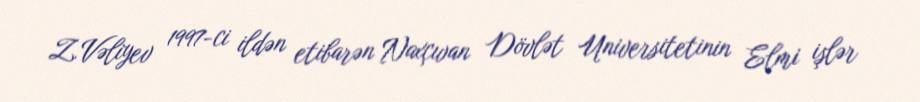
Z.Vəliyev 1997-ci ildən etibarən Naxçıvan Dövlət Universitetinin Elmi işlər